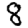
Digit: 8